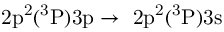
\mathrm { 2 p ^ { 2 } ( ^ { 3 } P ) 3 p \rightarrow ~ 2 p ^ { 2 } ( ^ { 3 } P ) 3 s }